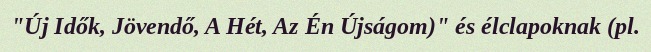
"Új Idők, Jövendő, A Hét, Az Én Újságom)" és élclapoknak (pl.